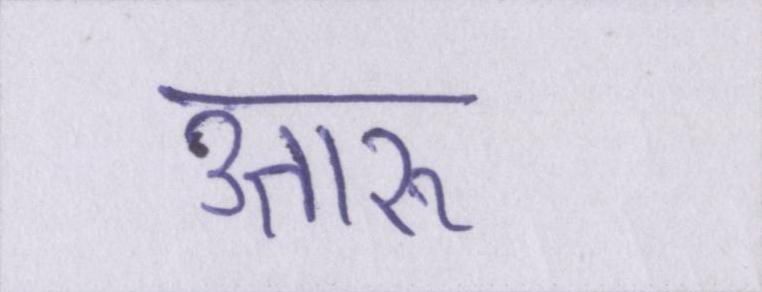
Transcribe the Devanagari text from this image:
उतारू